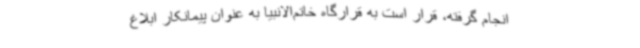
انجام گرفته، قرار است به قرارگاه خاتم‌الانبیا به عنوان پیمانکار ابلاغ